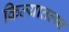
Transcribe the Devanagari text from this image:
किल्यातल्या